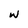
Character: w